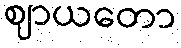
ဈာယတော